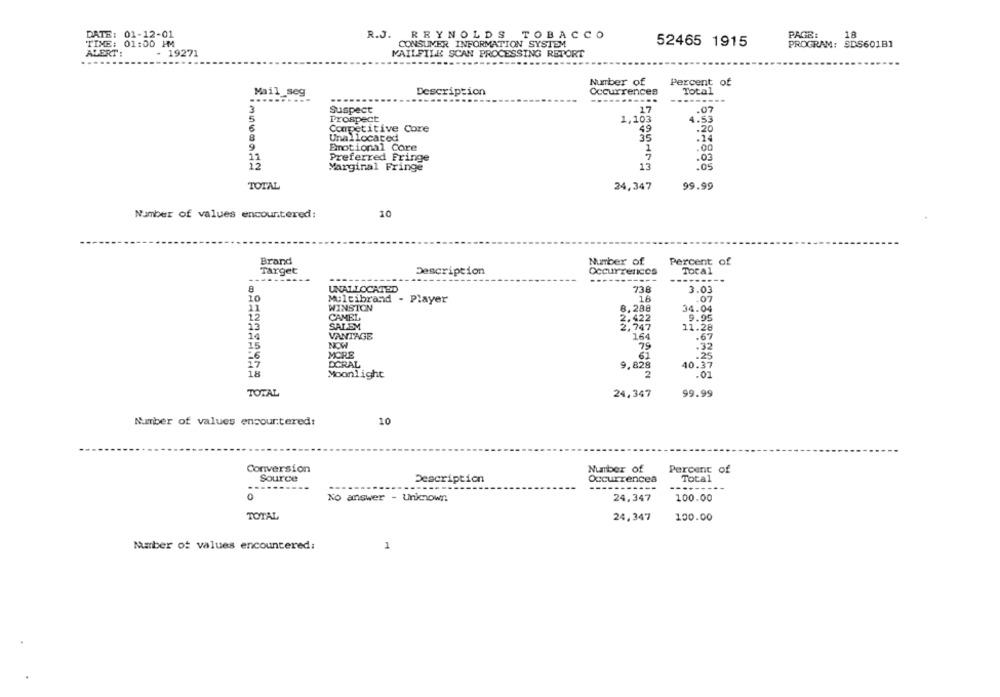
DATE: 01-12-01
R.J. REYNOLDS TOBACCO
PAGE:
18
52465 1915
TIME: 01:00 HM4
CONSUMER INFORMATION SYSTEM
PROGRAM: SDS60181
ALERT:
- 19271
MAILFILE SCAN PROCESSING REPORT
Number of
Percent of
Description
Occurrences
Total
Mail_seg
........
Suspect
17
.07
Prospect
1,103
4.53
Competitive Core
49
.20
8
Unallocated
.24
Emotional Core
.00
11
Preferred Fringe
.03
12
13
.05
Marginal Fringe
TOTAL
24,347
99.99
Number of values encountered:
10
Brand
Number of
Percent of
Target
Description
Occurrences
TOCA1
--
------
8
UNALLOCATED
73.8
3.03
10
Multibrand - Player
18
.07
WINSTON
8.288
11
34.04
12
CAMEL
2.422
9.95
13
SALEM
2,747
11.28
VANTAGE
164
14
.67
15
NOW
79
.32
MORE
61
.25
17
40.37
DCRAL
9,828
18
Moonlight
2
.02
TOTAL
24,347
99.99
Number of values encountered:
10
Conversion
Number of
Percent of
Source
Description
Occurrences
Total
--------
---
0
No answer - Unicown
24,347
100.00
TOTAL
24,347
100.00
Marber of values encountered:
1